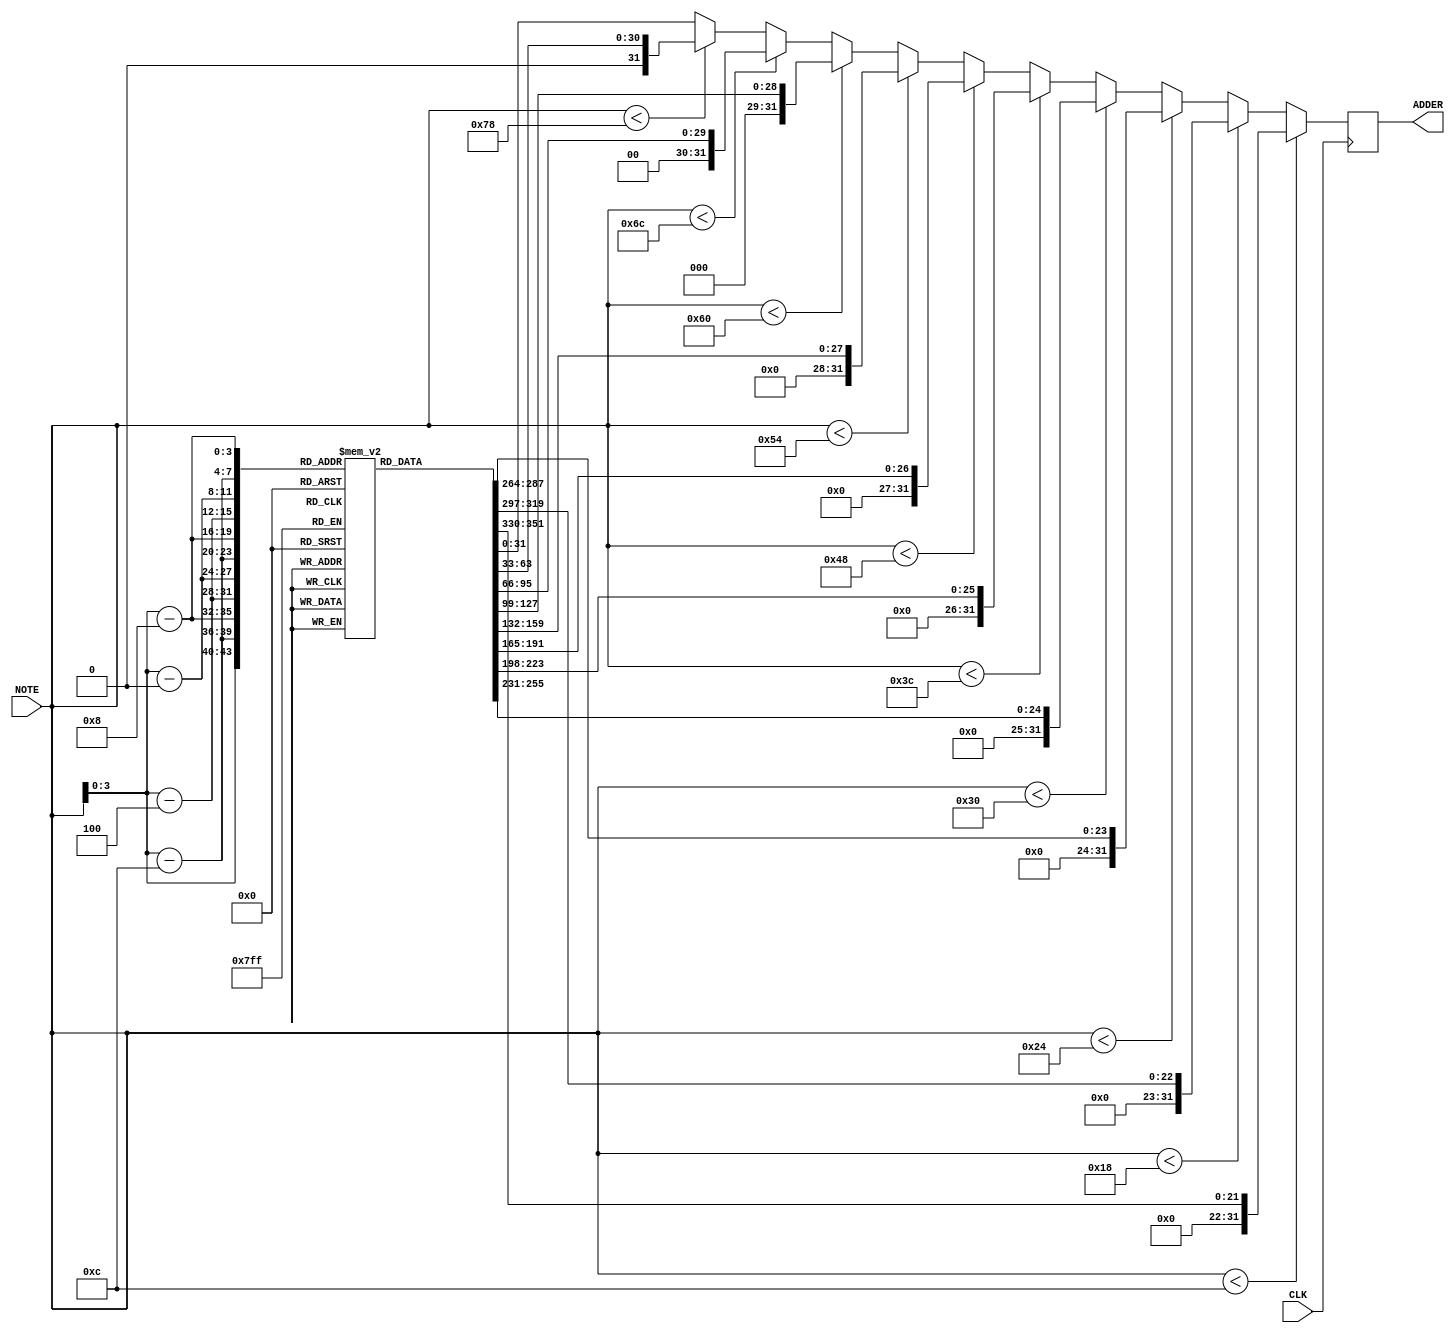
module note2dds_2st_gen(CLK, NOTE, ADDER);

input wire CLK;
input wire [6:0] NOTE;
output reg [31:0] ADDER;

reg [31:0] ADDER_tbl [12:0];
// note div 12 ( * 0,08333333333333333333333333333333)
//; Add input / 16 to accumulator
//; Add input / 64 to accumulator

initial begin
	ADDER_tbl[ 4'd0] <= 32'd0359575;
	ADDER_tbl[ 4'd1] <= 32'd0380957;
	ADDER_tbl[ 4'd2] <= 32'd0403610;
	ADDER_tbl[ 4'd3] <= 32'd0427610;
	ADDER_tbl[ 4'd4] <= 32'd0453037;
	ADDER_tbl[ 4'd5] <= 32'd0479976;
	ADDER_tbl[ 4'd6] <= 32'd0508516;
	ADDER_tbl[ 4'd7] <= 32'd0538754;
	ADDER_tbl[ 4'd8] <= 32'd0570790;
	ADDER_tbl[ 4'd9] <= 32'd0604731;
	ADDER_tbl[4'd10] <= 32'd0640691;
	ADDER_tbl[4'd11] <= 32'd0678788;
end

always @ (posedge CLK) begin
	if (NOTE <  12) begin
		//? 0 :
		ADDER <= (ADDER_tbl[NOTE]) >> 10;
	end else if (NOTE <  24) begin
		//? 1 :
		ADDER <= (ADDER_tbl[NOTE - 12]) >> 9;
	end else if (NOTE <  36) begin
		//? 2 :
		ADDER <= (ADDER_tbl[NOTE - 24]) >> 8;
	end else if (NOTE <  48) begin
		//? 3 :
		ADDER <= (ADDER_tbl[NOTE - 36]) >> 7;
	end else if (NOTE <  60) begin
		//? 4 :
		ADDER <= (ADDER_tbl[NOTE - 48]) >> 6;
	end else if (NOTE <  72) begin
		//? 5 :
		ADDER <= (ADDER_tbl[NOTE - 60]) >> 5;
	end else if (NOTE <  84) begin
		//? 6 :
		ADDER <= (ADDER_tbl[NOTE - 72]) >> 4;
	end else if (NOTE <  96) begin
		//? 7 :
		ADDER <= (ADDER_tbl[NOTE - 84]) >> 3;
	end else if (NOTE < 108) begin
		//? 8 :
		ADDER <= (ADDER_tbl[NOTE - 96]) >> 2;
	end else if (NOTE < 120) begin
		//? 9 : 
		ADDER <= (ADDER_tbl[NOTE - 108]) >> 1;
	end else begin
		//10 ;
		ADDER <= (ADDER_tbl[NOTE - 120]);
	end
end

endmodule